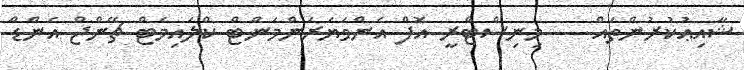
ޝާއިޢުކުރުންތައް    މިނިސްޓްރީ އޮފް އެންވަޔަރަންމަންޓް ކްލައިމެޓް ޗޭންޖް އެންޑް